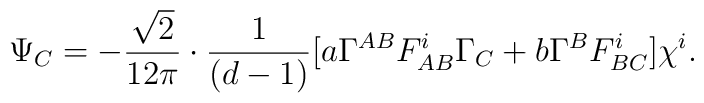
\Psi_{C} = -\frac{\sqrt{2}}{12 \pi} \cdot \frac{1}{(d-1)} [a \Gamma^{AB}F^i_{AB}\Gamma_{C} + b \Gamma^{B}F^i_{BC}]\chi^i.